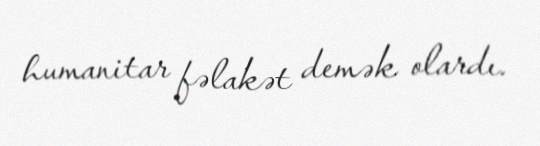
humanitar fəlakət demək olardı.